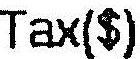
TAX($)